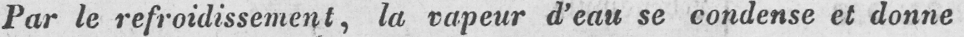
Par le refroidissement, la vapeur d’eau se condense et donne